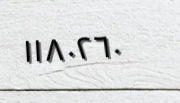
١١٨٠٢٦٠